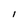
Character: I